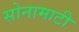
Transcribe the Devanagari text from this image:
सोनामाटी